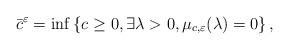
LaTeX: \begin{align*} \bar c^\varepsilon = \inf\left\{c\geq 0, \exists \lambda > 0, \mu_{c, \varepsilon}(\lambda) = 0\right\},\end{align*}